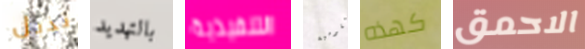
تذبل بالتهديد التنفيذية القومية كهذه الاحمق